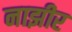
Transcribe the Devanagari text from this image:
नाझीर